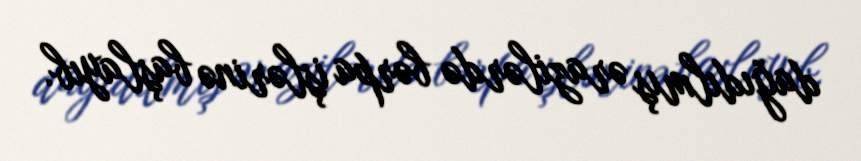
dağıdılmış ərazilərdə bərpa işlərinə başlayıb.